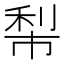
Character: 𥞿